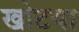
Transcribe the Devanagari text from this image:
खोटया